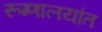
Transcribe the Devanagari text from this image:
रूग्णालयांत